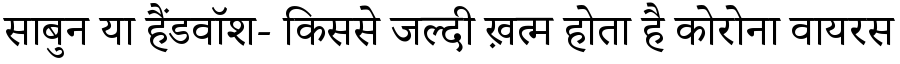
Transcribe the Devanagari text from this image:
साबुन या हैंडवॉश- किससे जल्दी ख़त्म होता है कोरोना वायरस